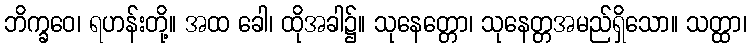
ဘိက္ခဝေ၊ ရဟန်းတို့။ အထ ခေါ၊ ထိုအခါ၌။ သုနေတ္တော၊ သုနေတ္တအမည်ရှိသော။ သတ္ထာ၊